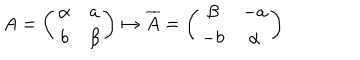
LaTeX: A = \left( \begin{matrix} { { \alpha } } & { { a } } \\ { { b } } & { { \beta } } \\ \end{matrix} \right) \mapsto \overline { { { A } } } = \left( \begin{matrix} { { \beta } } & { { - a } } \\ { { - b } } & { { \alpha } } \\ \end{matrix} \right)